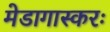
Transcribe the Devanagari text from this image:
मेडागास्करः